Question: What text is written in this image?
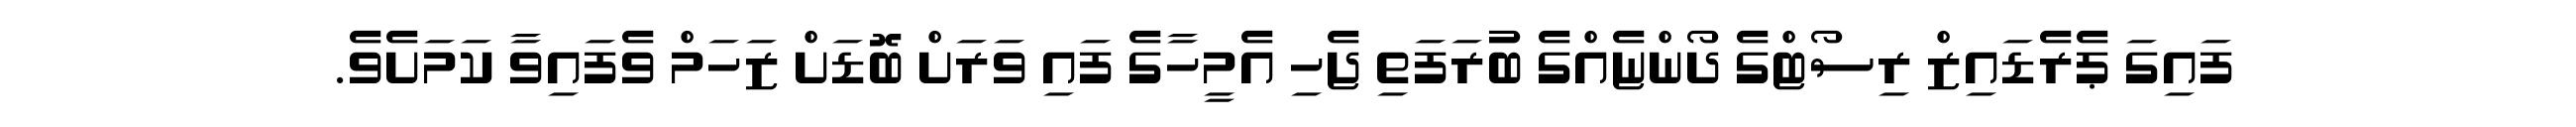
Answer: ފައިގަ ޕެރެޑައިޒް ރިސޯޓްގެ ދޯންޏެއްގެ ބުރަފަތި ޖެހި އެމީހާގެ ފައި ވަރަށް ބޮޑަށް ޒަހަމް ވެފައިވާ ކަމަށެވެ.